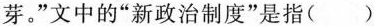
芽。”文中的”新政治制度”是指( )